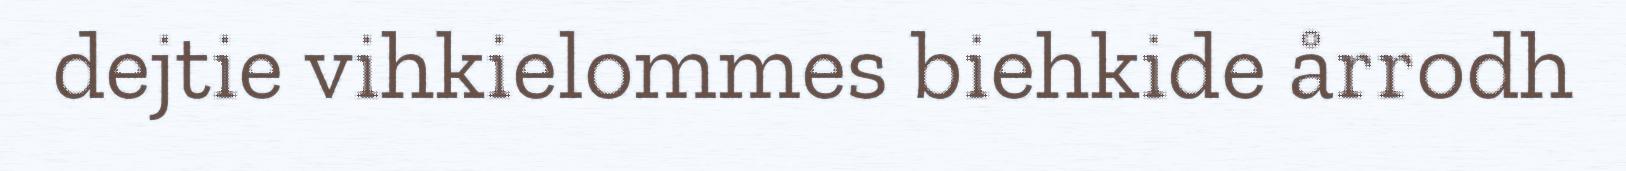
dejtie vihkielommes biehkide årrodh